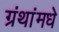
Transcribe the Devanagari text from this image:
ग्रंथांमधे